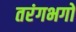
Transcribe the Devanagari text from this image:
तरंगभगों